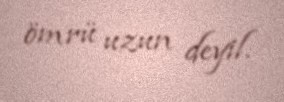
ömrü uzun deyil.